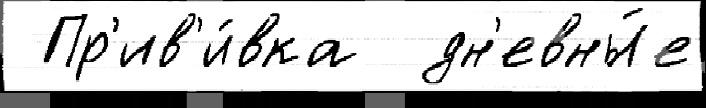
 Пр'ив'и́вка  дн'евны́е